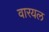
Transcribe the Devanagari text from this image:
वारयल